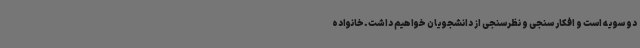
دو سویه است و افکار سنجی و نظرسنجی از دانشجویان خواهیم داشت.خانواده